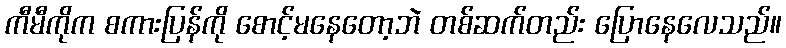
ကီမီကိုက စကားပြန်ကို စောင့်မနေတော့ဘဲ တစ်ဆက်တည်း ပြောနေလေသည်။